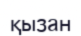
қызан